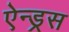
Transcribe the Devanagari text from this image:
ऐन्ड्रस